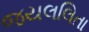
જયલલિતા